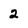
Character: 2